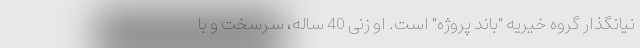
نیانگذار گروه خیریه "باند پروژه" است. او زنی 40 ساله، سرسخت و با